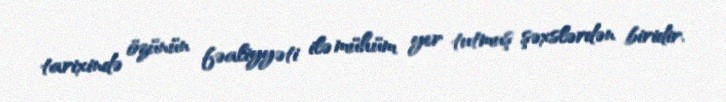
tarixində özünün fəaliyyəti ilə mühüm yer tutmuş şəxslərdən biridir.